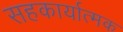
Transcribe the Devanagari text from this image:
सहकार्यात्मक